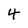
Character: 4